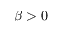
\beta > 0